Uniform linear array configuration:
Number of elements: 48
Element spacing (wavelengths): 0.25
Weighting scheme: uniform
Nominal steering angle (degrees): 60
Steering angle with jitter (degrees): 58.156
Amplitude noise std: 0.05
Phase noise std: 0.05

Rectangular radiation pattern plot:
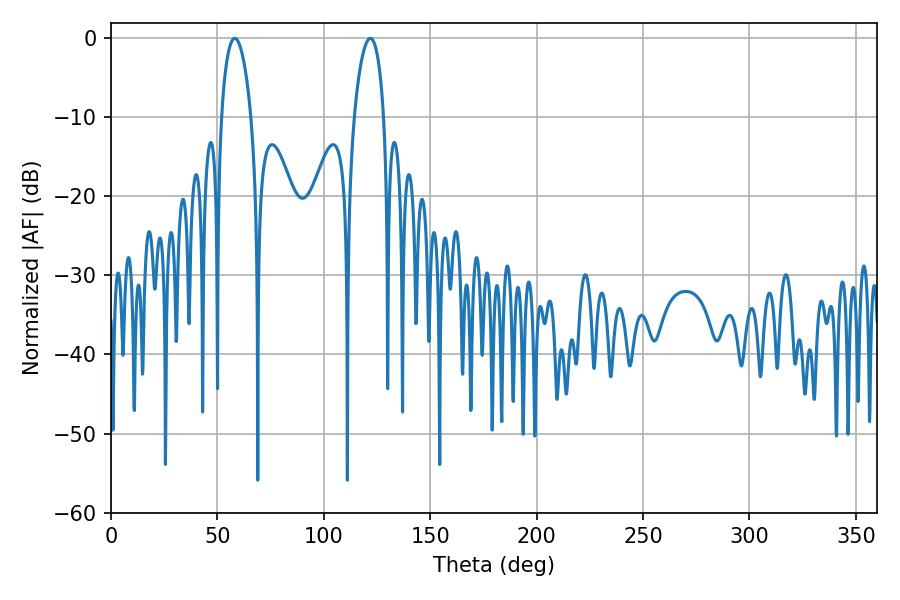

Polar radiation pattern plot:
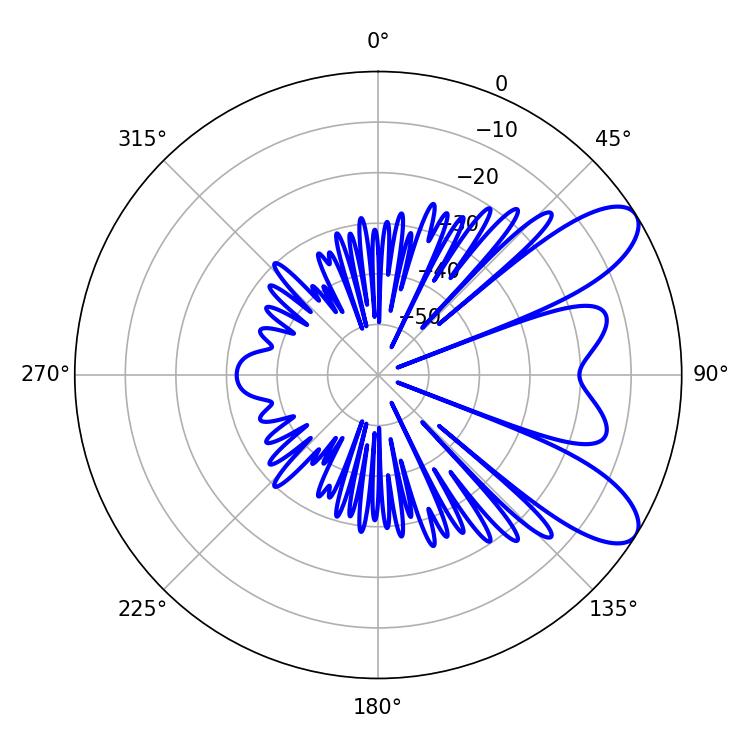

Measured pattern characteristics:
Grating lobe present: FALSE
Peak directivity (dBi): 8.691
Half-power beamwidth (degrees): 7.92
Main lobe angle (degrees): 58.14